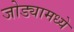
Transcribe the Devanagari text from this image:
जोड्यामध्ये